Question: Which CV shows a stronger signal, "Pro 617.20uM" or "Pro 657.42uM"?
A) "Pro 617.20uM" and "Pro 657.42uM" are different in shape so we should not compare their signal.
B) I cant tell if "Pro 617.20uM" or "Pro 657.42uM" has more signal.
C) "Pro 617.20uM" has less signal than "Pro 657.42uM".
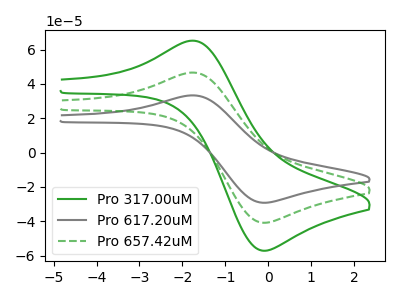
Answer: <think>The green curve "Pro 317.00uM" has an anodic peak at (-1.70V, 93.10uA) and a cathodic peak at (-0.10V, -81.80uA). The gray curve "Pro 617.20uM" has an anodic peak at (-1.70V, 33.30uA) and a cathodic peak at (-0.10V, -29.25uA). The green dashed curve "Pro 657.42uM" has an anodic peak at (-1.70V, 46.55uA) and a cathodic peak at (-0.10V, -40.90uA).
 All the peaks in "Pro 617.20uM" have a peak in "Pro 657.42uM" at the same potential. Every peak in "Pro 617.20uM" is lower than every peak in "Pro 657.42uM".</think>
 <answer>C) "Pro 617.20uM" has less signal than "Pro 657.42uM".</answer>
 <eval>C</eval>